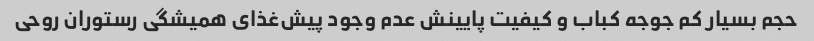
حجم بسیار کم جوجه کباب و کیفیت پایینش عدم وجود پیش‌غذای همیشگی رستوران روحی